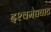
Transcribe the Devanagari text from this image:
दश्‍वमेद्यघाट